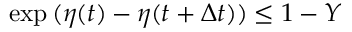
\exp { ( \eta ( t ) - \eta ( t + \Delta t ) ) } \le 1 - Y